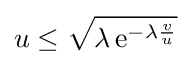
u\leq {\sqrt {\lambda \,\mathrm {e} ^{-\lambda {\frac {v}{u}}}}}